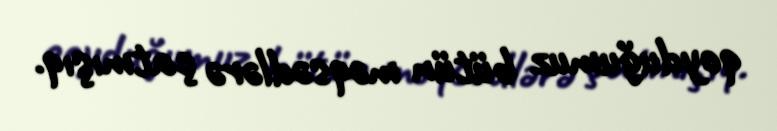
qoyduğumuz bütün məqsədlərə çatmışıq.